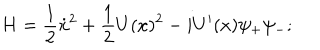
H = \frac { 1 } { 2 } \dot { x } ^ { 2 } + \frac { 1 } { 2 } U ( x ) ^ { 2 } - i U ^ { \prime } ( x ) \psi _ { + } \psi _ { - } ;